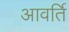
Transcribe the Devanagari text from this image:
आवर्ति